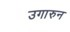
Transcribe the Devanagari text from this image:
उगारुन